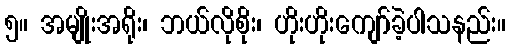
၅။ အမျိုးအရိုး၊ ဘယ်လိုစိုး၊ ဟိုးဟိုးကျော်ခဲ့ပါသနည်း။